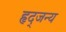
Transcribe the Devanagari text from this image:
हृद्जन्‍य